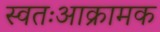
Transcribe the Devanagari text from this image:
स्वतःआक्रामक